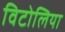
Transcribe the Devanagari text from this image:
विटोलिया